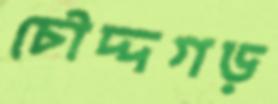
চৌদ্দগড়